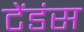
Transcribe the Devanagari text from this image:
टेंडंस